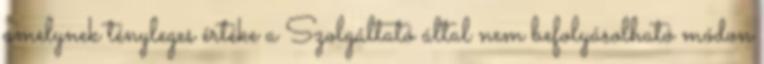
amelynek tényleges értéke a Szolgáltató által nem befolyásolható módon